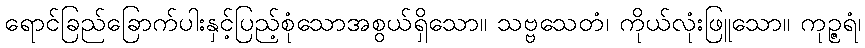
ရောင်ခြည်ခြောက်ပါးနှင့်ပြည့်စုံသောအစွယ်ရှိသော။ သဗ္ဗသေတံ၊ ကိုယ်လုံးဖြူသော။ ကုဉ္ဇရံ၊